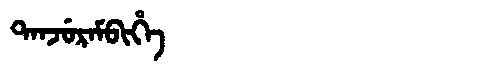
Manchu: ᡨᠠᠨᠵᡠᡵᠠᠮᠪᡳᡥᡝ
Romanization: TANJURAMBIHE